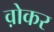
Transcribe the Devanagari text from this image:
व़ोकर